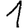
Digit: 1